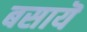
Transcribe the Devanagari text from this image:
बसायॆ